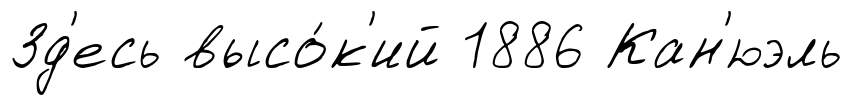
Зд'есь высо́к'ий 1886 Кан'юэль